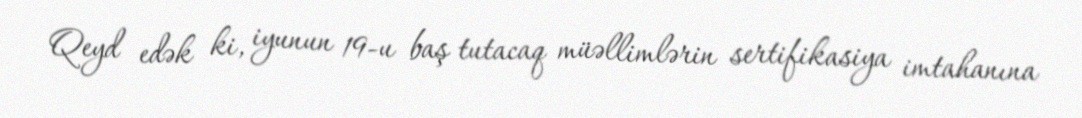
Qeyd edək ki, iyunun 19-u baş tutacaq müəllimlərin sertifikasiya imtahanına